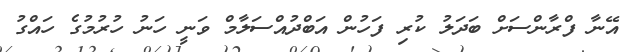
އޭނާ ފްރާންސަށް ބަދަލު ކުރި ފަހުން އަބްދުއްސަލާމް ވަނީ ހަނު ހުރުމުގެ ހައްގު